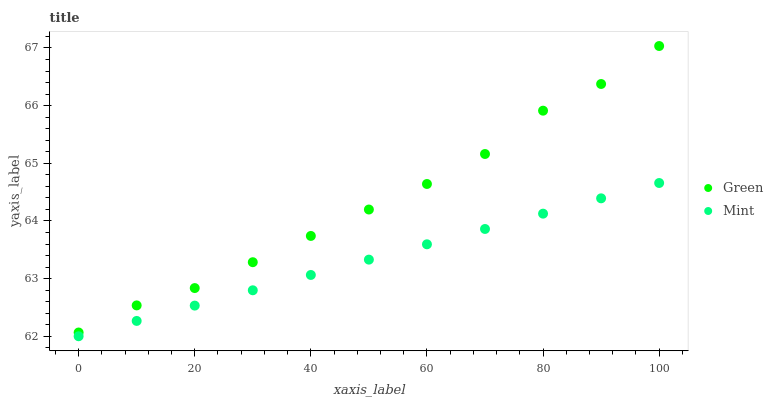
| xaxis_label | Green | Mint |
 | --- | --- | --- |
 | 0 | 62.1 | 62 |
 | 10 | 62.5 | 62.3 |
 | 20 | 62.8 | 62.5 |
 | 30 | 63.3 | 62.8 |
 | 40 | 63.7 | 63.1 |
 | 50 | 64.2 | 63.3 |
 | 60 | 64.6 | 63.6 |
 | 70 | 65.2 | 63.9 |
 | 80 | 65.9 | 64.1 |
 | 90 | 66.4 | 64.4 |
 | 100 | 67 | 64.7 |